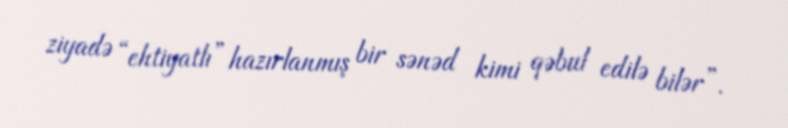
ziyadə “ehtiyatlı” hazırlanmış bir sənəd kimi qəbul edilə bilər”.